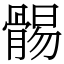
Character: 䯜